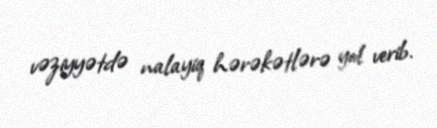
vəziyyətdə nalayiq hərəkətlərə yol verib.